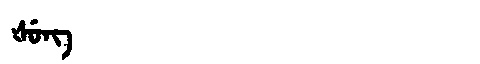
Manchu: ᡧᡠᠩ
Romanization: ŠUNG